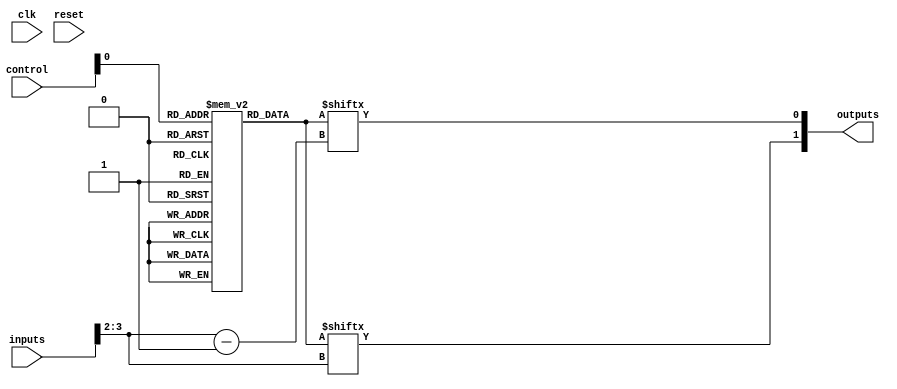
module CLB (
    input wire [N-1:0] inputs,        // N input pins (e.g., N=4 for 4 inputs)
    input wire [M-1:0] control,       // Control signals for M multiplexers
    output wire [P-1:0] outputs,      // P output pins (e.g., P=2 for 2 outputs)
    input wire clk,                   // Clock signal for any synchronous control
    input wire reset                   // Reset signal for initialization
);
    parameter N = 4;                  // Number of input signals
    parameter M = 2;                  // Number of multiplexer control signals
    parameter P = 2;                  // Number of output signals
    parameter LUT_SIZE = 16;          // Size of the LUT (2^N for N inputs)

    // Define the LUT as a memory array
    reg [LUT_SIZE-1:0] lut [0:1];      // LUT for two configurations
    reg [P-1:0] output_reg;            // Output register to hold the outputs

    // Initialize the LUT with some example truth tables
    initial begin
        // Example LUT configurations
        lut[0] = 16'b0000000000000000; // Configuration 0
        lut[1] = 16'b1111000011110000; // Configuration 1
    end

    // Combinational logic for LUT output
    wire [LUT_SIZE-1:0] lut_output;
    assign lut_output = lut[control[0]]; // Select LUT based on control signal

    // Generate output based on input signals
    always @(*) begin
        output_reg = {lut_output[inputs[N-1:N-2]], lut_output[inputs[N-1:N-2]-1]}; // Example output assignment
    end

    // Output assignment
    assign outputs = output_reg;

    // Feedback path (optional, not used in this basic example)
    // Add feedback logic here if needed

    // Control logic can go here (if needed)

endmodule